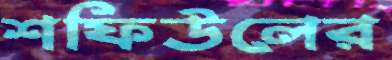
শফিউলের